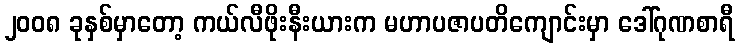
၂၀၀၈ ခုနှစ်မှာတော့ ကယ်လီဖိုးနီးယားက မဟာပဇာပတိကျောင်းမှာ ဒေါ်ဂုဏစာရီ